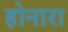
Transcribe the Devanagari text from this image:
होनारा